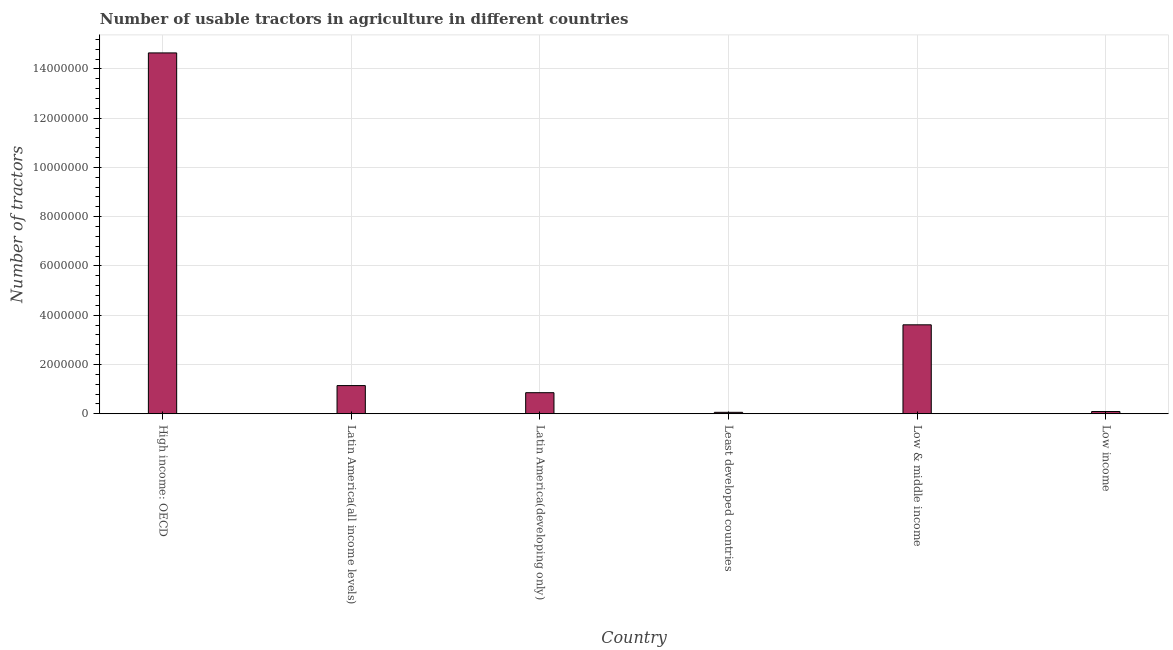
| Country | Agricultural machinery |
 | --- | --- |
 | High income: OECD | 1.46e+07 |
 | Latin America(all income levels) | 1.14e+06 |
 | Latin America(developing only) | 8.54e+05 |
 | Least developed countries | 5.73e+04 |
 | Low & middle income | 3.61e+06 |
 | Low income | 8.98e+04 |